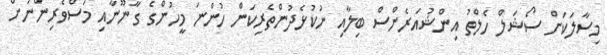
މިސާލަކަށް ސޯޝަލް ހެލްތު އިންޝުއަރެންސް ބިލާއި ނުކުޅެދުންތެރިކަން ހުންނަ މީހުންގެ ގާނޫނާއި މަސްވެރިންނަށް